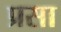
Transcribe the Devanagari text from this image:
प्रसा